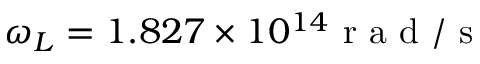
\omega _ { L } = 1 . 8 2 7 \times 1 0 ^ { 1 4 } \mathrm { ~ r ~ a ~ d ~ / ~ s ~ }